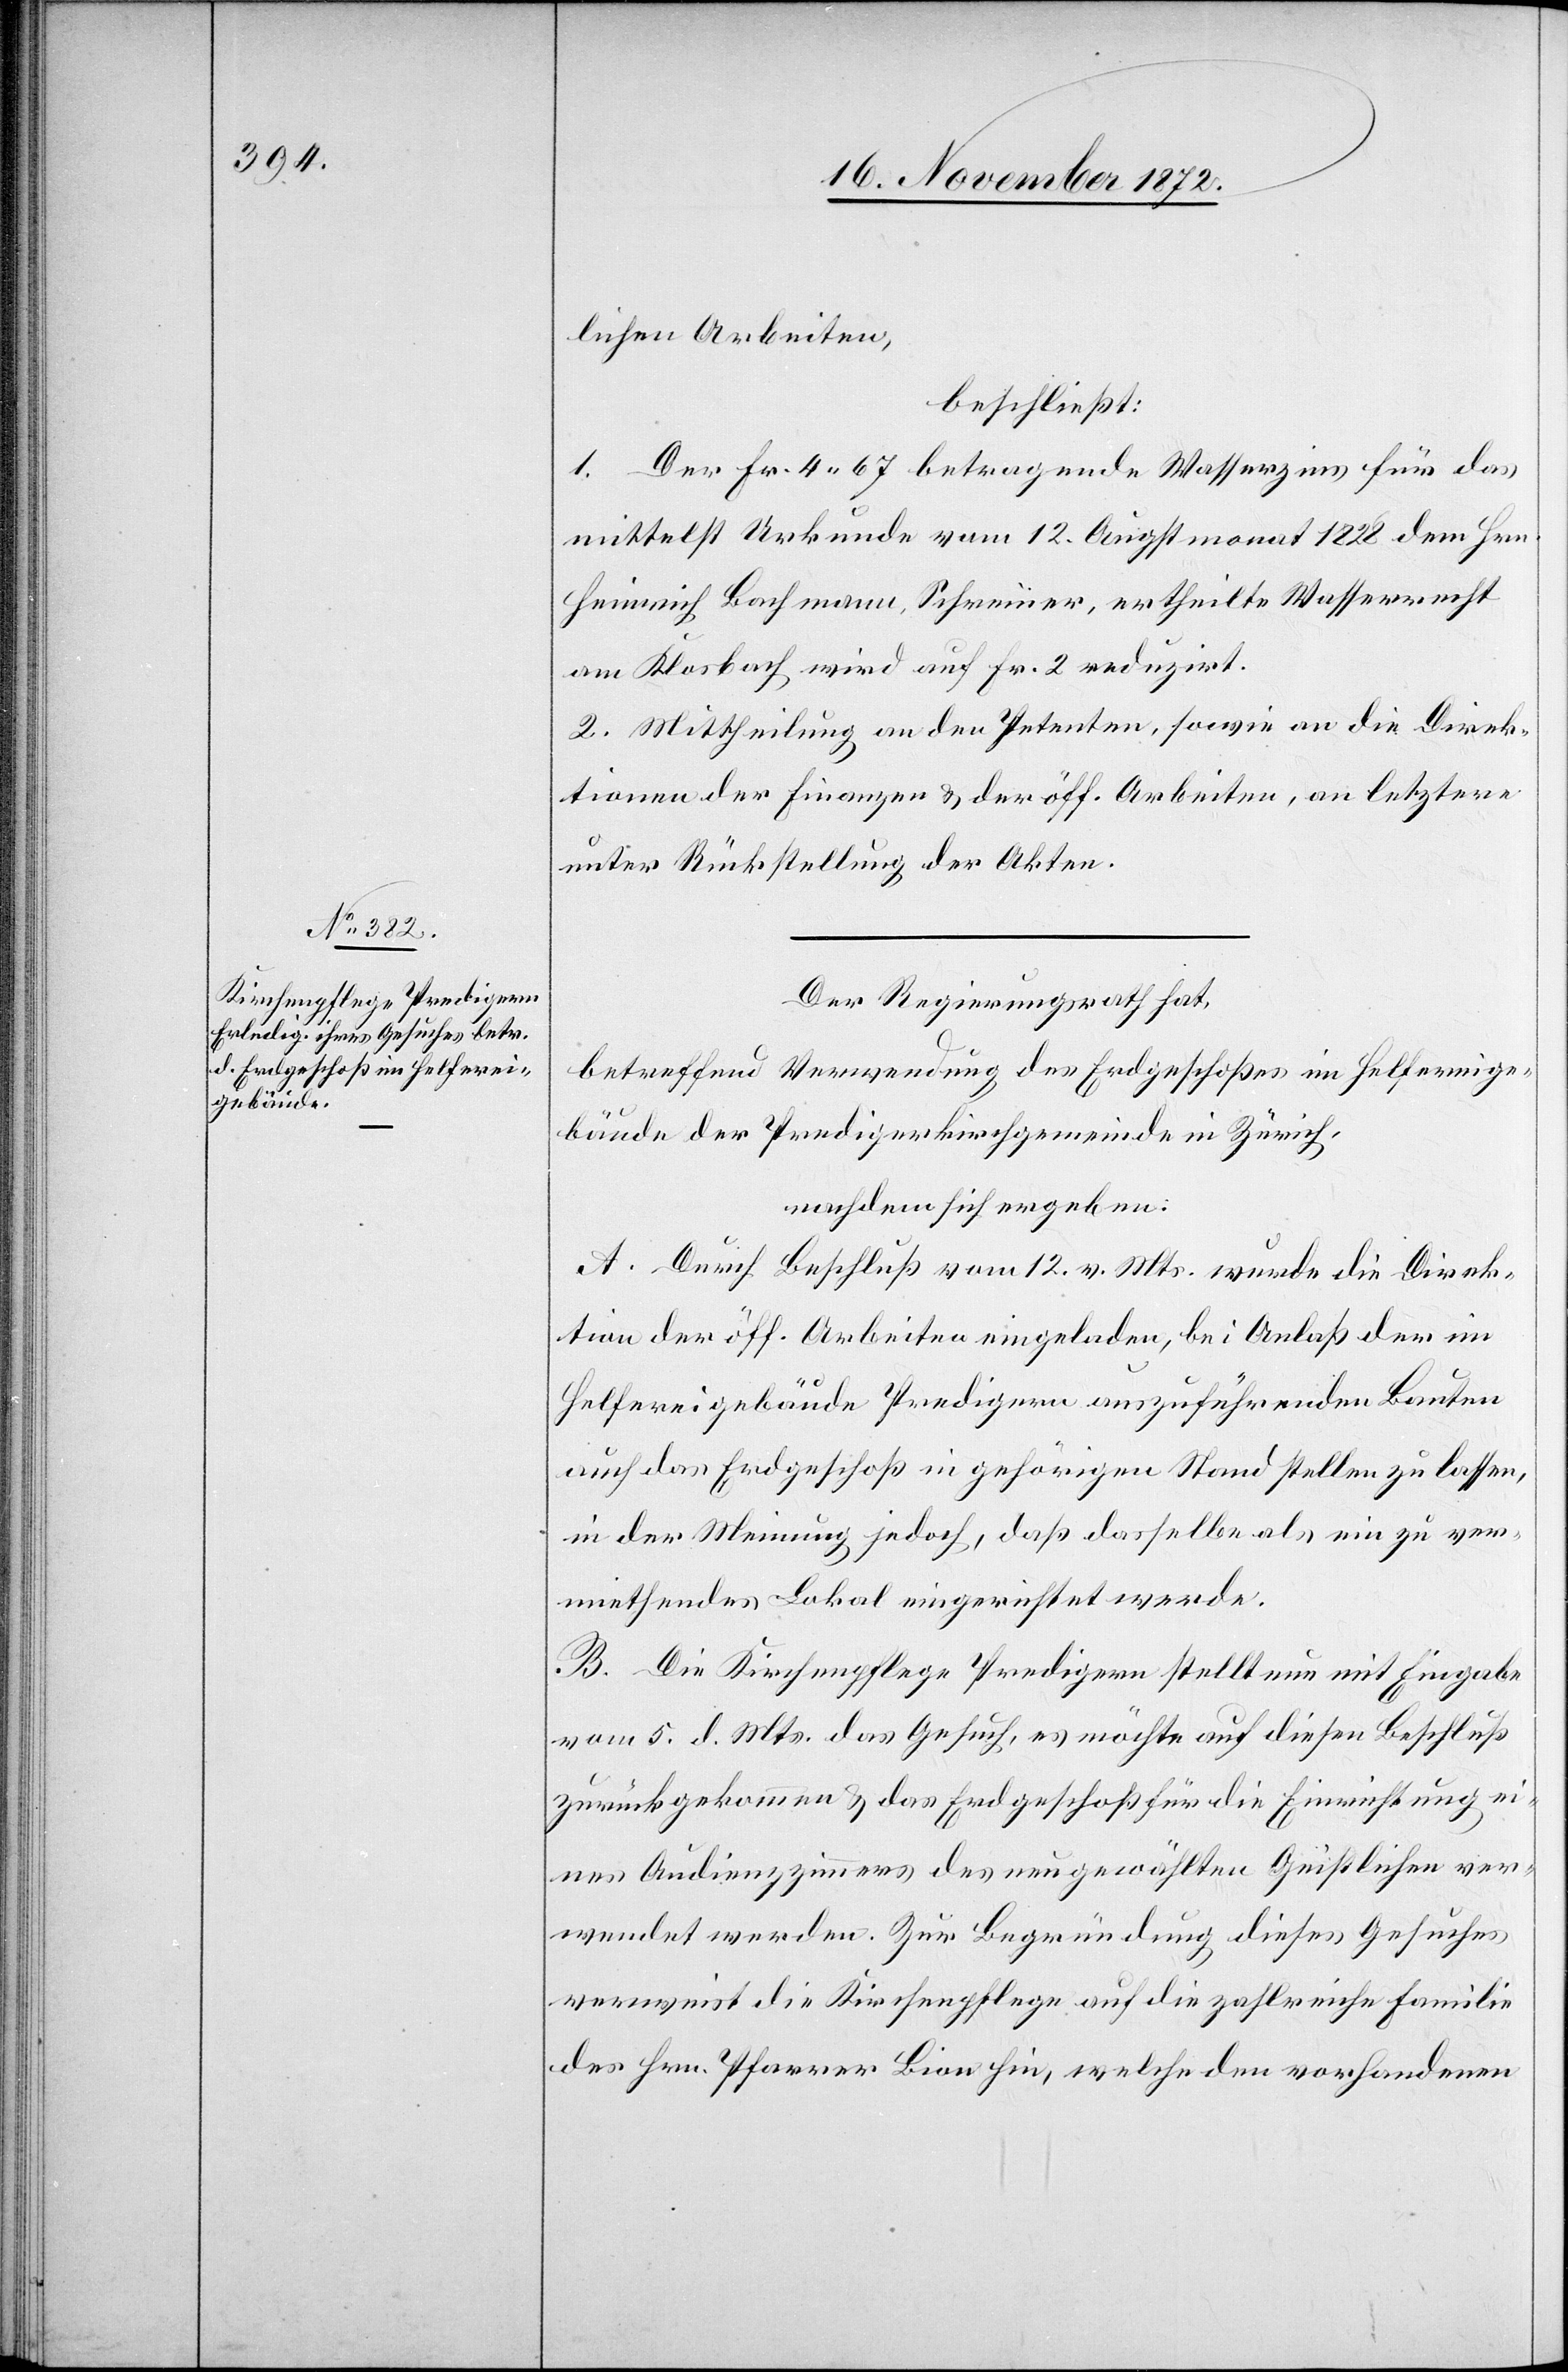
lichen Arbeiten,
beschließt:
1. Der Fr. 4 67 betragende Wasserzins für das
mittelst Urkunde vom 12. Augstmonat 1828 dem Hrn.
Heinrich Bachmann, Schreiner, ertheilte Wasserrecht
am Klosbach wird auf Fr. 2 reduzirt.
2. Mittheilung an den Petenten, sowie an die Direk¬
tionen der Finanzen u. der öff. Arbeiten, an letztere
unter Rückstellung der Akten.
Der Regierungsrath hat,
betreffend Verwendung des Erdgeschoßes im Helfereige¬
bäude der Predigerkirchgemeinde in Zürich,
nachdem sich ergeben:
A. Durch Beschluß vom 1. v. Mts. wurde die Direk¬
tion der öff. Arbeiten eingeladen, bei Anlaß der im
Helfereigebäude Predigern auszuführenden Bauten
auch das Erdgeschoß in gehörigen Stand stellen zu lassen,
in der Meinung jedoch, daß dasselbe als ein zu ver¬
miethendes Lokal eingerichtet werde,
B. Die Kirchenpflege Predigern stellt nun mit Eingabe
vom 5. d. Mts. das Gesuch, es möchte auf diesen Beschluß
zurückgekommen u. das Erdgeschoß für die Einrichtung ei¬
nes Audienzzimmers des neugewählten Geistlichen ver¬
wendet werden. Zur Begründung dieses Gesuches
verweist die Kirchenpflege auf die zahlreiche Familie
des Hrn. Pfarrer Lion hin, welche den vorhandenen